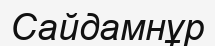
Сайдамнұр